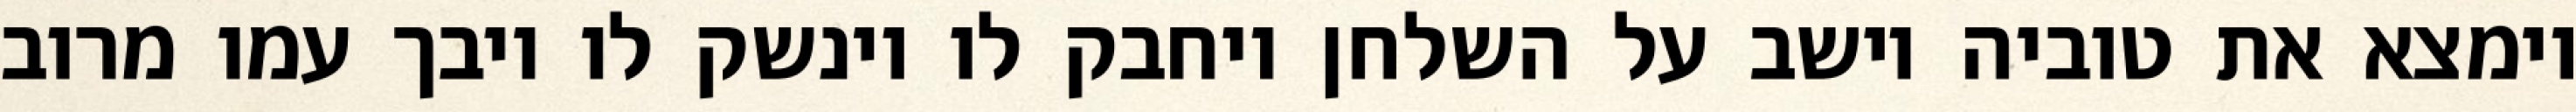
וימצא את טוביה יושב על השלחן ויחבק לו וינשק לו ויבך עמו מרוב